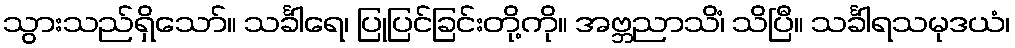
သွားသည်ရှိသော်။ သင်္ခါရေ၊ ပြုပြင်ခြင်းတို့ကို။ အဗ္ဘညာသိံ၊ သိပြီ။ သင်္ခါရသမုဒယံ၊